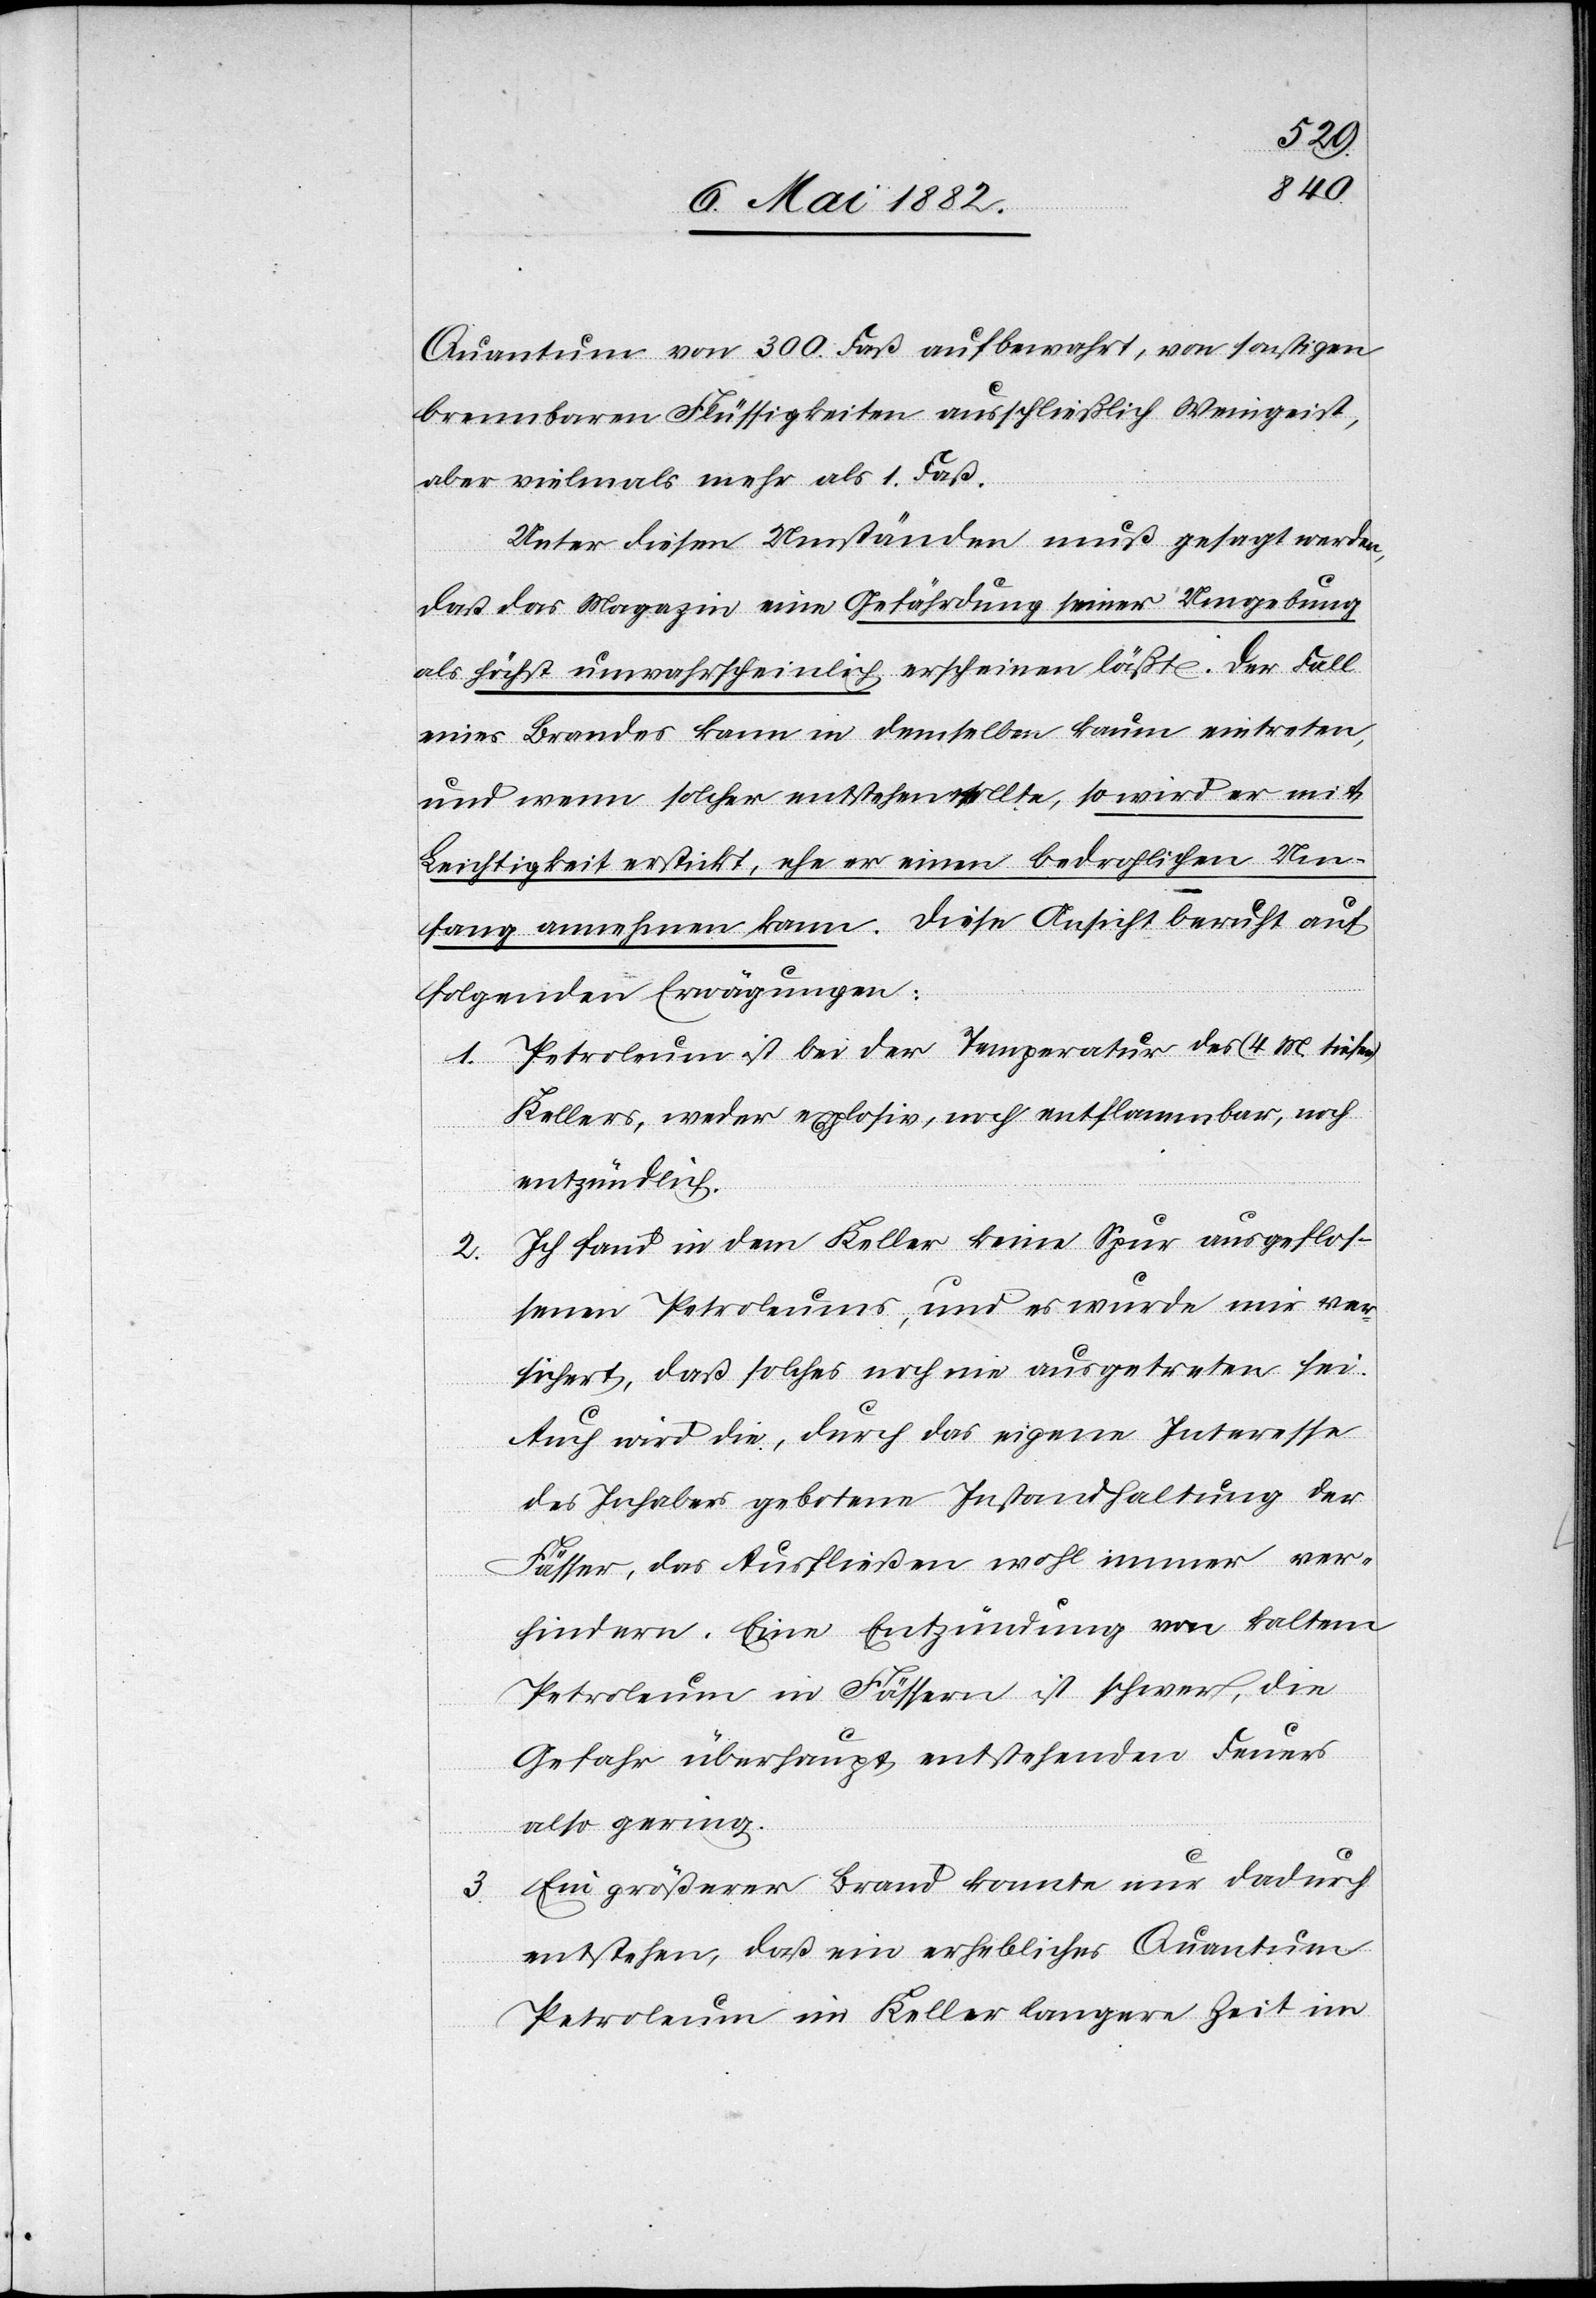
Quantum von 300 Faß aufbewahrt, von sonstigen
brennbaren Flüssigkeiten ausschließlich Weingeist,
aber vielmals [sic!] mehr als 1 Faß.
Unter diesen Umständen muß gesagt werden,
daß das Magazin eine Gefährdung seiner Umgebung
als höchst unwahrscheinlich erscheinen läßt. Der Fall
eines Brandes kann in demselben kaum eintreten,
und wenn solcher entstehen sollte, so wird er mit
Leichtigkeit erstickt, ehe er einen bedrohlichen Um¬
fang annehmen kann. Diese Ansicht beruht auf
folgenden Erwägungen:
Petroleum ist bei der Temperatur des (4 M. tiefen)
Kellers, weder explosiv, noch entflammbar, noch
entzündlich.
Ich fand in dem Keller keine Spur ausgeflos¬
2.
senen Petroleums, und es wurde mich ver¬
sichert, daß solches noch nie ausgetreten sei.
Auch wird die, durch das eigene Interesse
des Inhabers gebotene Instandhaltung der
Fässer, das Ausfließen wohl immer ver¬
hindern. Eine Entzündung von kaltem
Petroleum in Fässern ist schwer, die
Gefahr überhaupt entstehenden Feuers
also gering.
Ein größerer Brand könnte nur dadurch
entstehen, daß ein erhebliches Quantum
Petroleum im Keller längere Zeit im

3.